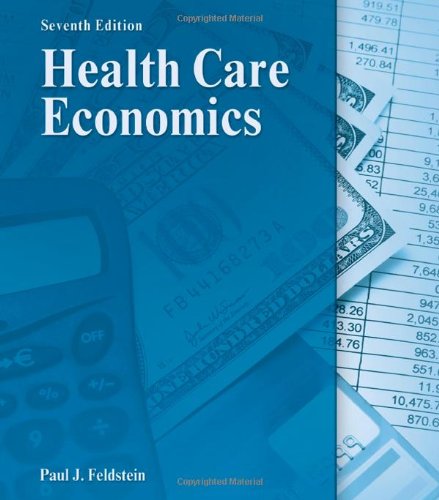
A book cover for Health Care Economics (DELMAR SERIES IN HEALTH SERVICES ADMINISTRATION); Paul J. Feldstein; Medical Books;